Indian journal of veterinary science and animal husbandry - Volume 5,
Year: 1935
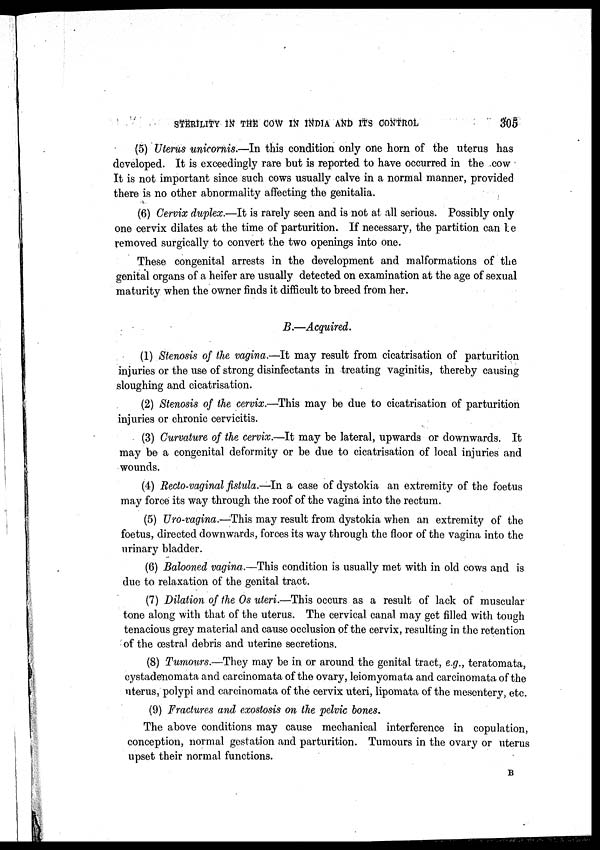
STERILITY IN THE COW IN INDIA AND ITS CONTROL
305
(5) Uterus unicornis.—In this condition only one horn of the uterus has
developed. It is exceedingly rare but is reported to have occurred in the cow
It is not important since such cows usually calve in a normal manner, provided
there is no other abnormality affecting the genitalia.
(6) Cervix duplex.—It is rarely seen and is not at all serious. Possibly only
one cervix dilates at the time of parturition. If necessary, the partition can be
removed surgically to convert the two openings into one.
These congenital arrests in the development and malformations of the
genital organs of a heifer are usually detected on examination at the age of sexual
maturity when the owner finds it difficult to breed from her.
B.—Acquired.
(1) Stenosis of the vagina.—It may result from cicatrisation of parturition
injuries or the use of strong disinfectants in treating vaginitis, thereby causing
sloughing and cicatrisation.
(2) Stenosis of the cervix.—This may be due to cicatrisation of parturition
injuries or chronic cervicitis.
(3) Curvature of the cervix.—It may be lateral, upwards or downwards. It
may be a congenital deformity or be due to cicatrisation of local injuries and
wounds.
(4) Recto-vaginal fistula.—In a case of dystokia an extremity of the foetus
may force its way through the roof of the vagina into the rectum.
(5) Uro-vagina.—This may result from dystokia when an extremity of the
foetus, directed downwards, forces its way through the floor of the vagina into the
urinary bladder.
(6) Balooned vagina.—This condition is usually met with in old cows and is
due to relaxation of the genital tract.
(7) Dilation of the Os uteri.—This occurs as a result of lack of muscular
tone along with that of the uterus. The cervical canal may get filled with tough
tenacious grey material and cause occlusion of the cervix, resulting in the retention
of the œstral debris and uterine secretions.
(8) Tumours.—They may be in or around the genital tract, e.g., teratomata,
cystadenomata and carcinomata of the ovary, leiomyomata and carcinomata of the
uterus, polypi and carcinomata of the cervix uteri, lipomata of the mesentery, etc.
(9) Fractures and exostosis on the pelvic bones.
The above conditions may cause mechanical interference in copulation,
conception, normal gestation and parturition. Tumours in the ovary or uterus
upset their normal functions.
B